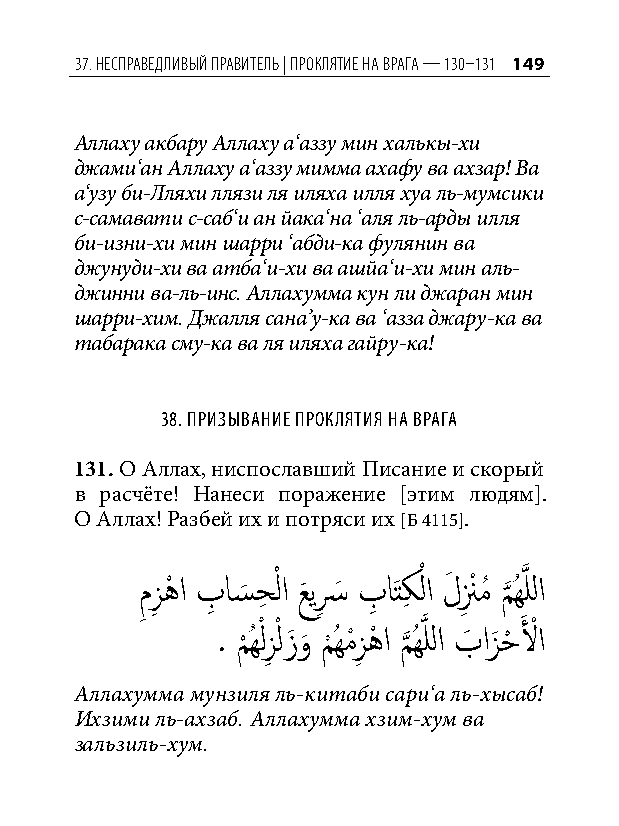
37. несПраведливый Правитель | ПроКлятие на врага — 130–131 149
 Аллаху акбару Аллаху а‘аззу мин халькы-хи
 джами‘ан Аллаху а‘аззу мимма ахафу ва ахзар! Ва
 а‘узу би-Лляхи ллязи ля иляха илля хуа ль-мумсики
 с-самавати с-саб‘и ан йака‘на ‘аля ль-арды илля
 би-изни-хи мин шарри ‘абди-ка фулянин ва
 джунуди-хи ва атба‘и-хи ва ашйа‘и-хи мин аль-
 джинни ва-ль-инс. Аллахумма кун ли джаран мин
 шарри-хим. Джалля сана’у-ка ва ‘азза джару-ка ва
 табарака сму-ка ва ля иляха гайру-ка!
 38. призывание проклятия на врага
 131. О Аллах, ниспославший Писание и скорый
 в расчёте! Нанеси поражение [этим людям].
 О Аллах! Разбей их и потряси их [Б 4115].
 م ِ زِ هْ ا بِ اس َ حِ ْ لا عَ يسِ َ بِ اَتكِ لْ ا لَ نِ ْ مُ م َّذ ُهَّذ للا
 ْ ْ        َّذ   َ ْ
 . م
 ْ
 ُهلزِ لزَ و
 َ
 م
 ْ
 ُهمْزِ هْ ا م
 َّذ
 ُهللا بَ ازَ حْ لا
 Аллахумма мунзиля ль-китаби сари‘а ль-хысаб!
 Ихзими ль-ахзаб. Аллахумма хзим-хум ва
 зальзиль-хум.